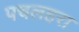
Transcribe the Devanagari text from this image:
पचलहरा